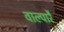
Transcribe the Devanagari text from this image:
वाल्पारै